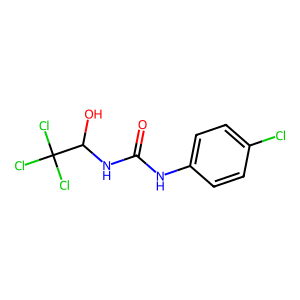
SMILES: O=C(Nc1ccc(Cl)cc1)NC(O)C(Cl)(Cl)Cl
Inhibits HIV replication: No